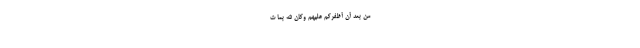
مِنْ بَعْدِ أَنْ أَظْفَرَكُمْ عَلَيْهِمْ وَكَانَ اللَّهُ بِمَا تَ